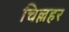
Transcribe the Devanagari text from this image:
चिल्लहर